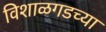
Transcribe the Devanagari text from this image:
विशाळगडच्या